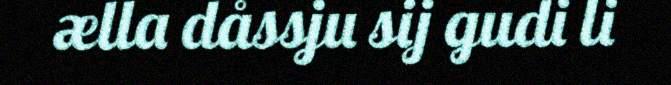
ælla dåssju sij gudi li